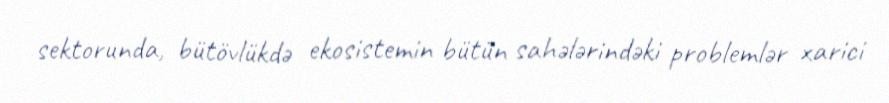
sektorunda, bütövlükdə ekosistemin bütün sahələrindəki problemlər xarici